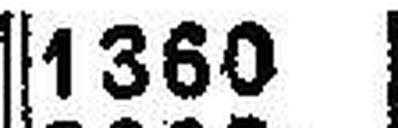
1360